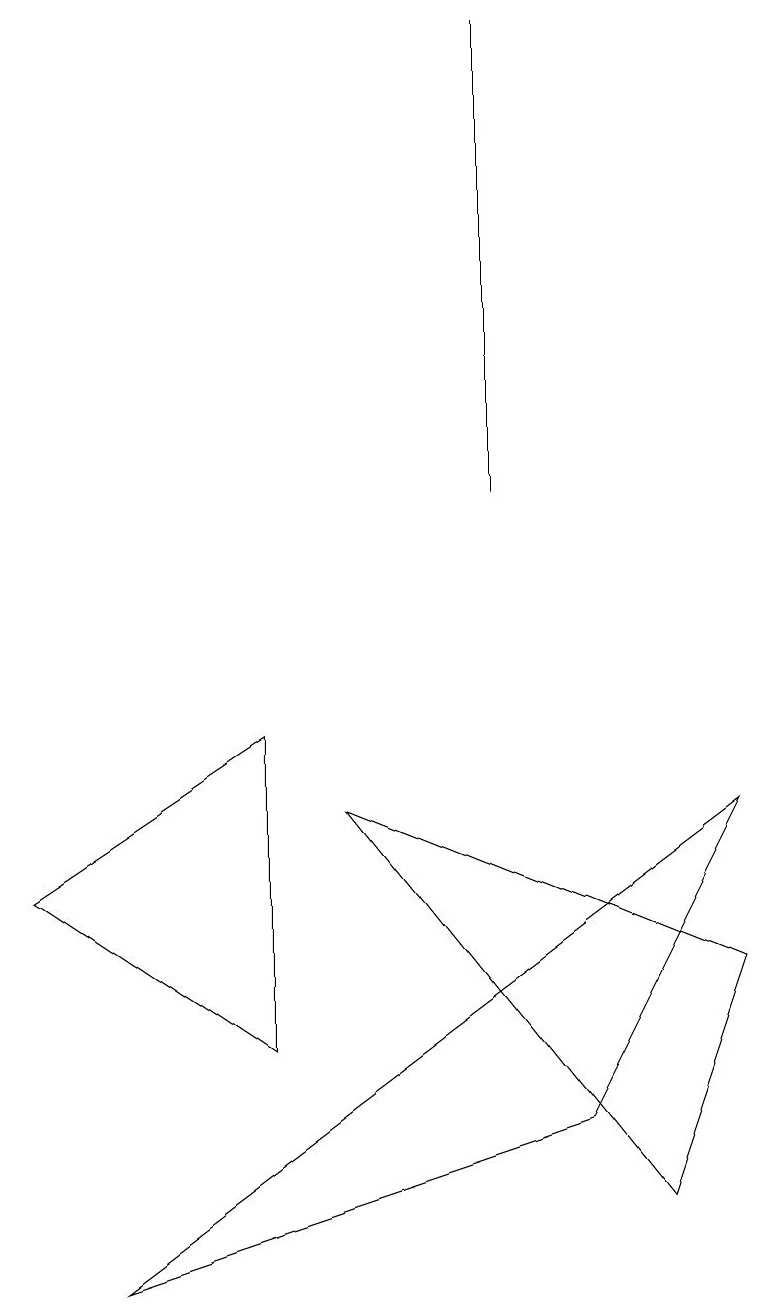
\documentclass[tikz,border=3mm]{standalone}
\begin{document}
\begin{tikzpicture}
\draw (8,1) -- (9,4) -- (4,6) -- cycle;
\draw (0,5) -- (3,7) -- (3,3) -- cycle;
\draw (6,16) rectangle (6,10);
\draw (9,6) -- (7,2) -- (1,0) -- cycle;
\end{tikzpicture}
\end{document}